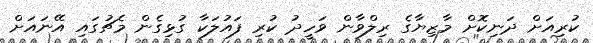
ކުރިއަށް ދަނިކޮށް މާޒިޔާގެ ރިލްވާން ވަހީދު ކުރި ފައުލަކާ ގުޅިގެން މެޗުގައި އޭނައަށް